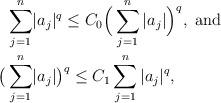
LaTeX: \begin{align*}\sum_{j=1}^n &|a_j|^{q}\leq C_0\Big(\sum_{j=1}^n|a_j|\Big)^q,\textnormal{ and}\\\big(\sum_{j=1}^n&|a_j|\big)^{q}\leq C_1\sum_{j=1}^n |a_j|^q,\end{align*}